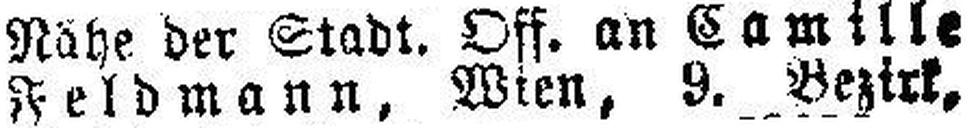
Feldmann, Wien, 9. Bezirk,